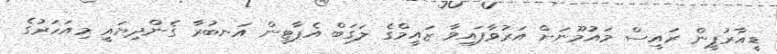
ޑީއާރުޕީން ރައީސް މައުމޫނަށް އަރުވާފައިވާ ޒައީމްގެ ލަގަބް އެޕާޓީން އަނބުރާ ގެންދިޔައީ މިއަހަރުގެ